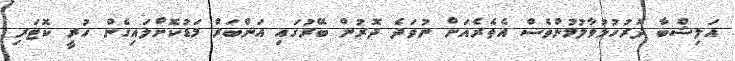
އަލިޝްބާ ދޮރުހުޅުވާލުމުންވެސް އެތެރެއަށް ނުވަދެ ދޮރުން ބޭރުގައި އަންބަރް މަޑުކޮށްލައިގެން ހުރީ ކޮޓަރި